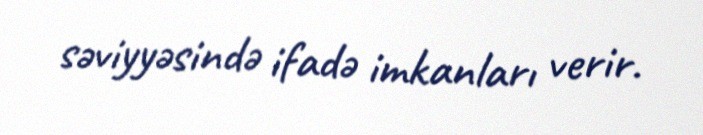
səviyyəsində ifadə imkanları verir.